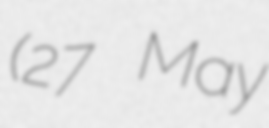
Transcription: (27 May